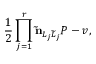
{ \frac { 1 } { 2 } } \prod _ { j = 1 } ^ { r } { \bf \widetilde n } _ { L _ { j } \widetilde L _ { j } } P - v ,